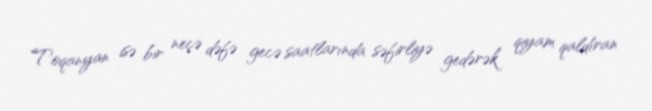
Toqanyan isə bir neçə dəfə gecə saatlarında səfirliyə gedərək qiyam qaldıran